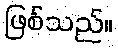
ဖြစ်သည်။